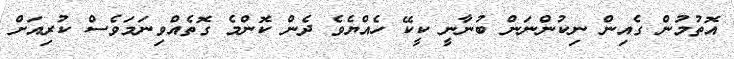
އޮތުމުން ގެއިން ނިކުންނަން ބުނާނީ ކީކޭ ހެއްޔެވެ ދެން ކޮންމެ ގޮތެއްވިނަމަވެސް ކުރިއަށް